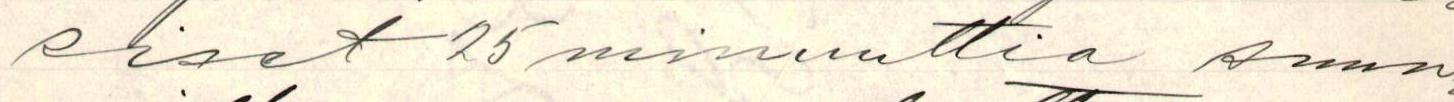
siset 25 minuuttia suun-